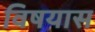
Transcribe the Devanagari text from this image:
विषयास